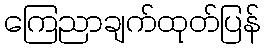
ကြေညာချက်ထုတ်ပြန်